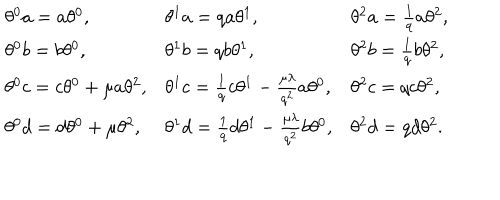
\begin{array} { l l l } { { \theta ^ { 0 } a = a \theta ^ { 0 } , } } & { { \theta ^ { 1 } a = q a \theta ^ { 1 } , } } & { { \theta ^ { 2 } a = \frac { 1 } { q } a \theta ^ { 2 } , } } \\ { { \theta ^ { 0 } b = b \theta ^ { 0 } , } } & { { \theta ^ { 1 } b = q b \theta ^ { 1 } , } } & { { \theta ^ { 2 } b = \frac { 1 } { q } b \theta ^ { 2 } , } } \\ { { \theta ^ { 0 } c = c \theta ^ { 0 } + \mu a \theta ^ { 2 } , } } & { { \theta ^ { 1 } c = \frac { 1 } { q } c \theta ^ { 1 } - \frac { \mu \lambda } { q ^ { 2 } } a \theta ^ { 0 } , } } & { { \theta ^ { 2 } c = q c \theta ^ { 2 } , } } \\ { { \theta ^ { 0 } d = d \theta ^ { 0 } + \mu \theta ^ { 2 } , } } & { { \theta ^ { 1 } d = \frac { 1 } { q } d \theta ^ { 1 } - \frac { \mu \lambda } { q ^ { 2 } } b \theta ^ { 0 } , } } & { { \theta ^ { 2 } d = q d \theta ^ { 2 } . } } \\ \end{array}